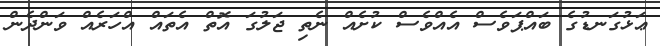
ޢަޅުގަނޑުގެ ބައްޕަވެސް އެއްވެސް ކުށެއް ނެތި ޖަލުގަ އޮތް އެތައް އްހަރެއް ވަންދެން